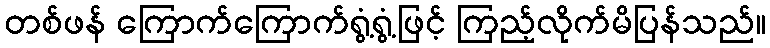
တစ်ဖန် ကြောက်ကြောက်ရွံ့ရွံ့ဖြင့် ကြည့်လိုက်မိပြန်သည်။